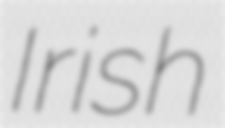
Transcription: Irish